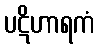
ပဋိဟာရကံ